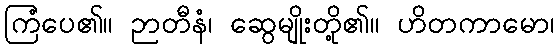
ကြံပေ၏။ ဉာတီနံ၊ ဆွေမျိုးတို့၏။ ဟိတကာမော၊